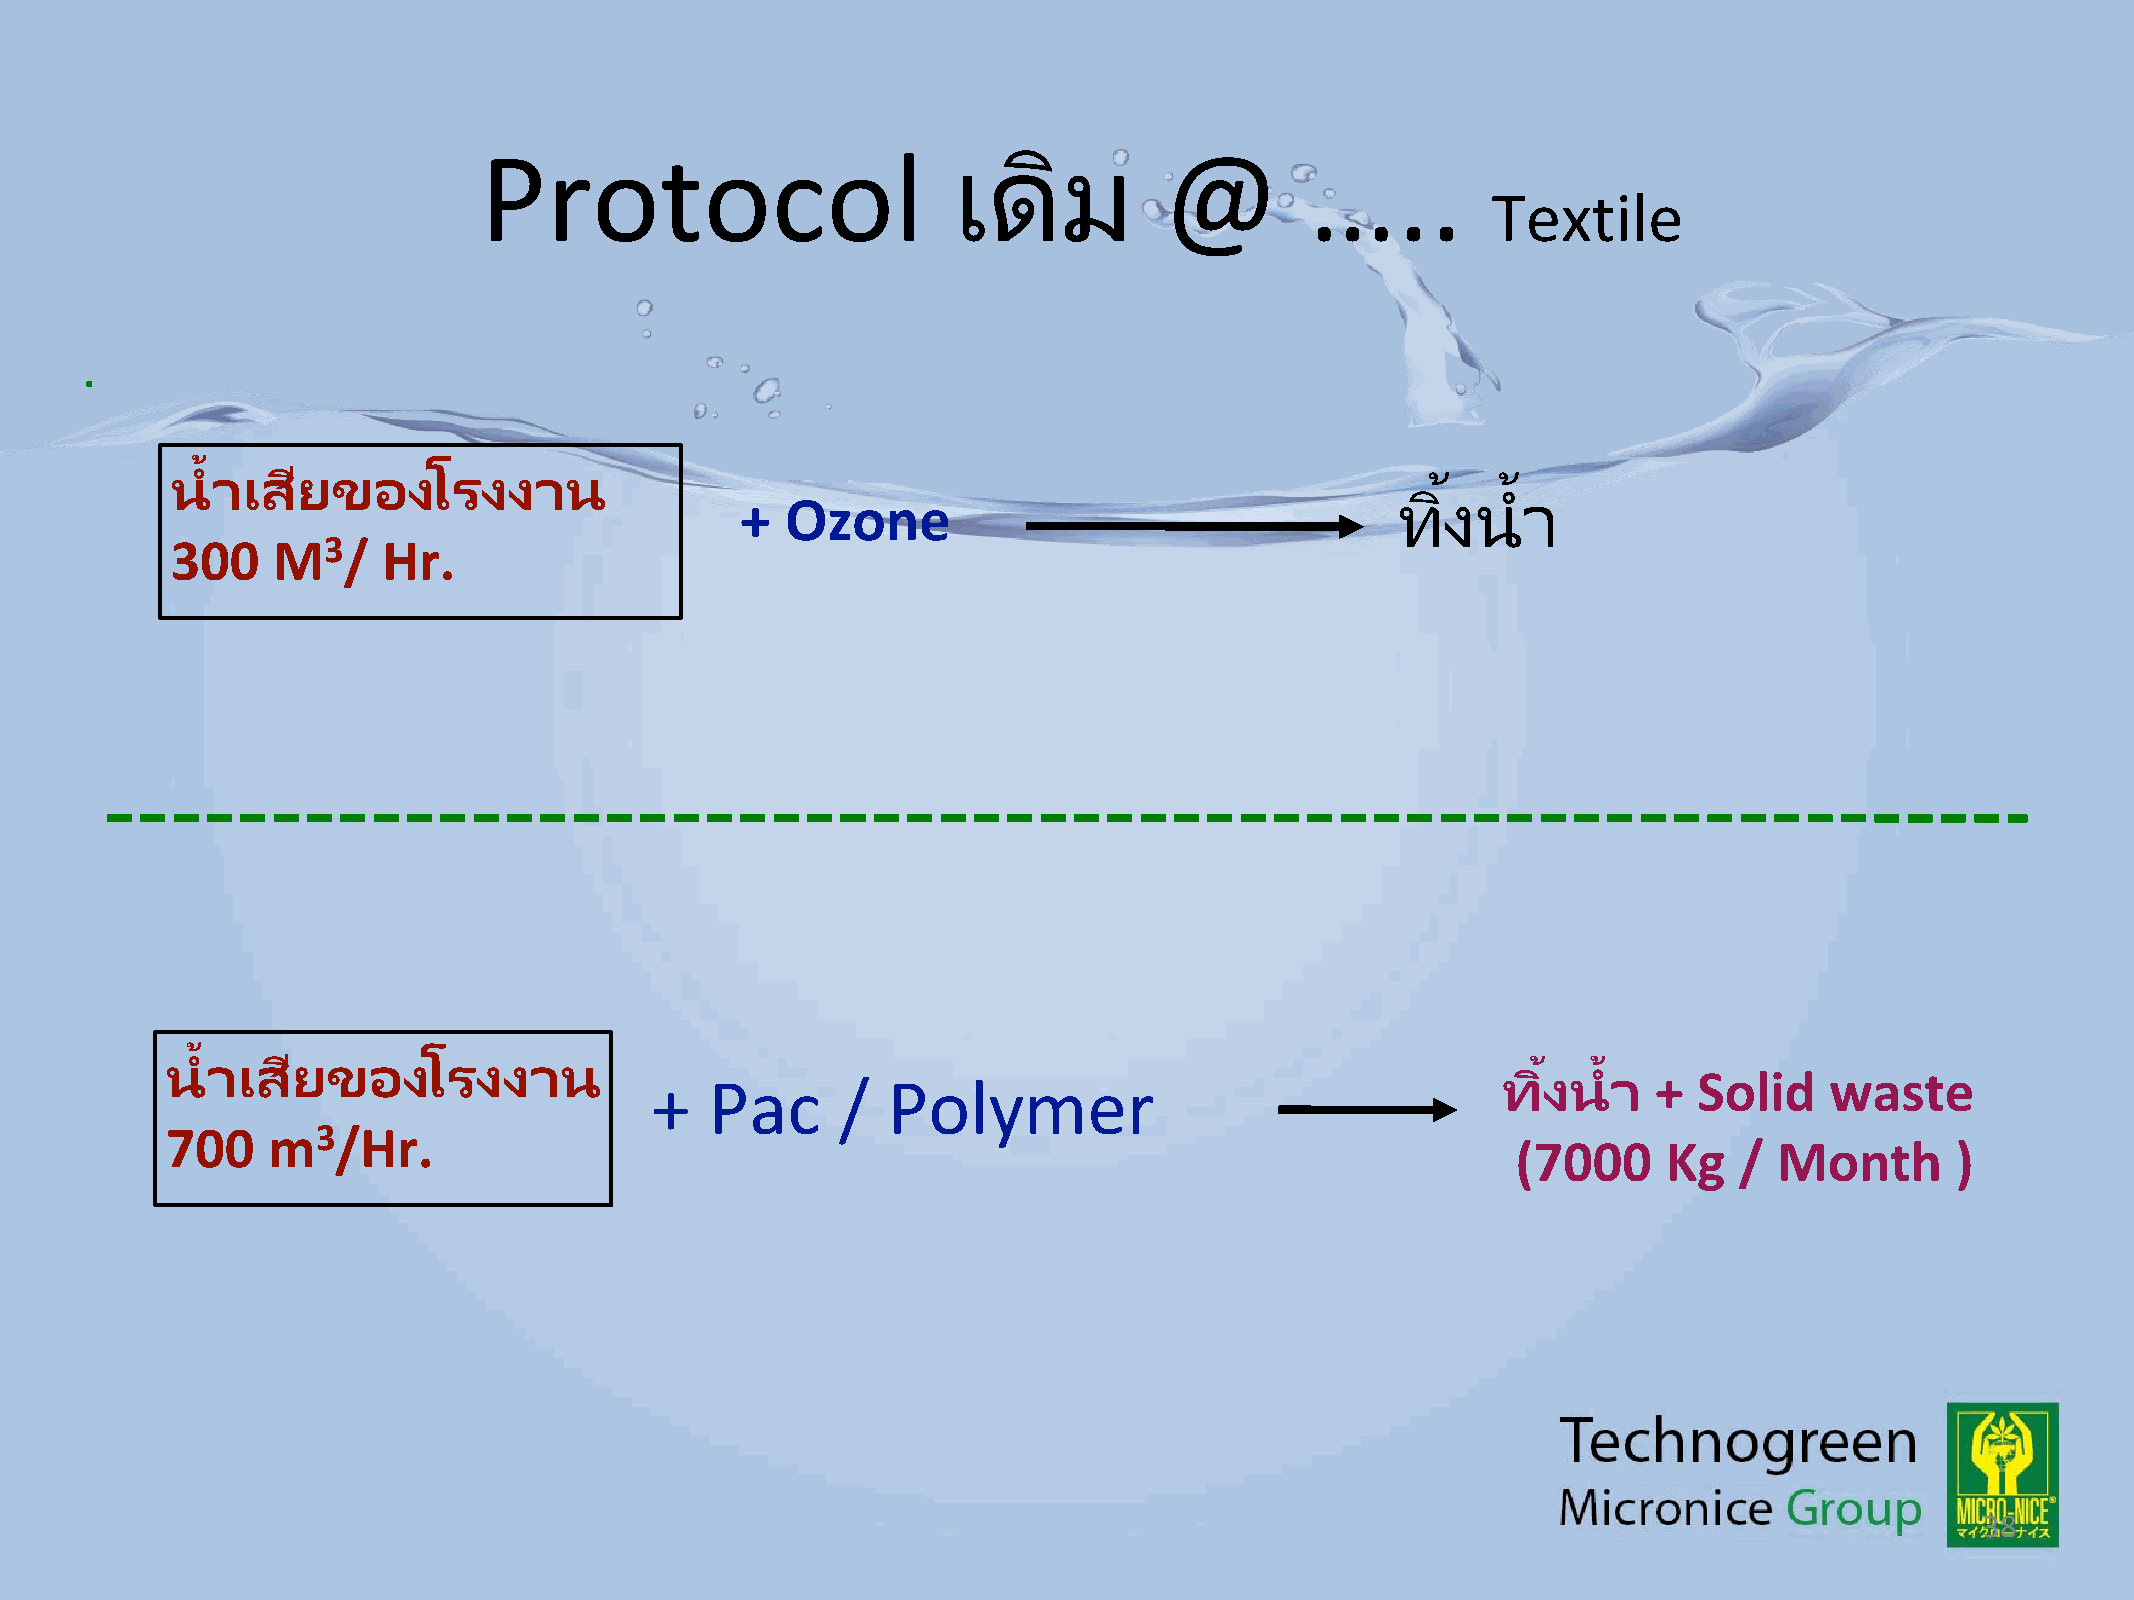
Protocol                       เดมิ          @         …..
 Textile
 .
 ้
 น  าเสยี   ของโรงงาน                                                                 ้    ้
 ทงิ  น  า
 +  Ozone
 300    M3/    Hr.
 ้
 น  าเสยี   ของโรงงาน                                                                       ้   ้
 ทงิ  น  า  + Solid    waste
 +   Pac      /  Polymer
 700    m3/Hr.
 (7000     Kg   /  Month      )
 38